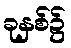
ခုနှစ်၌